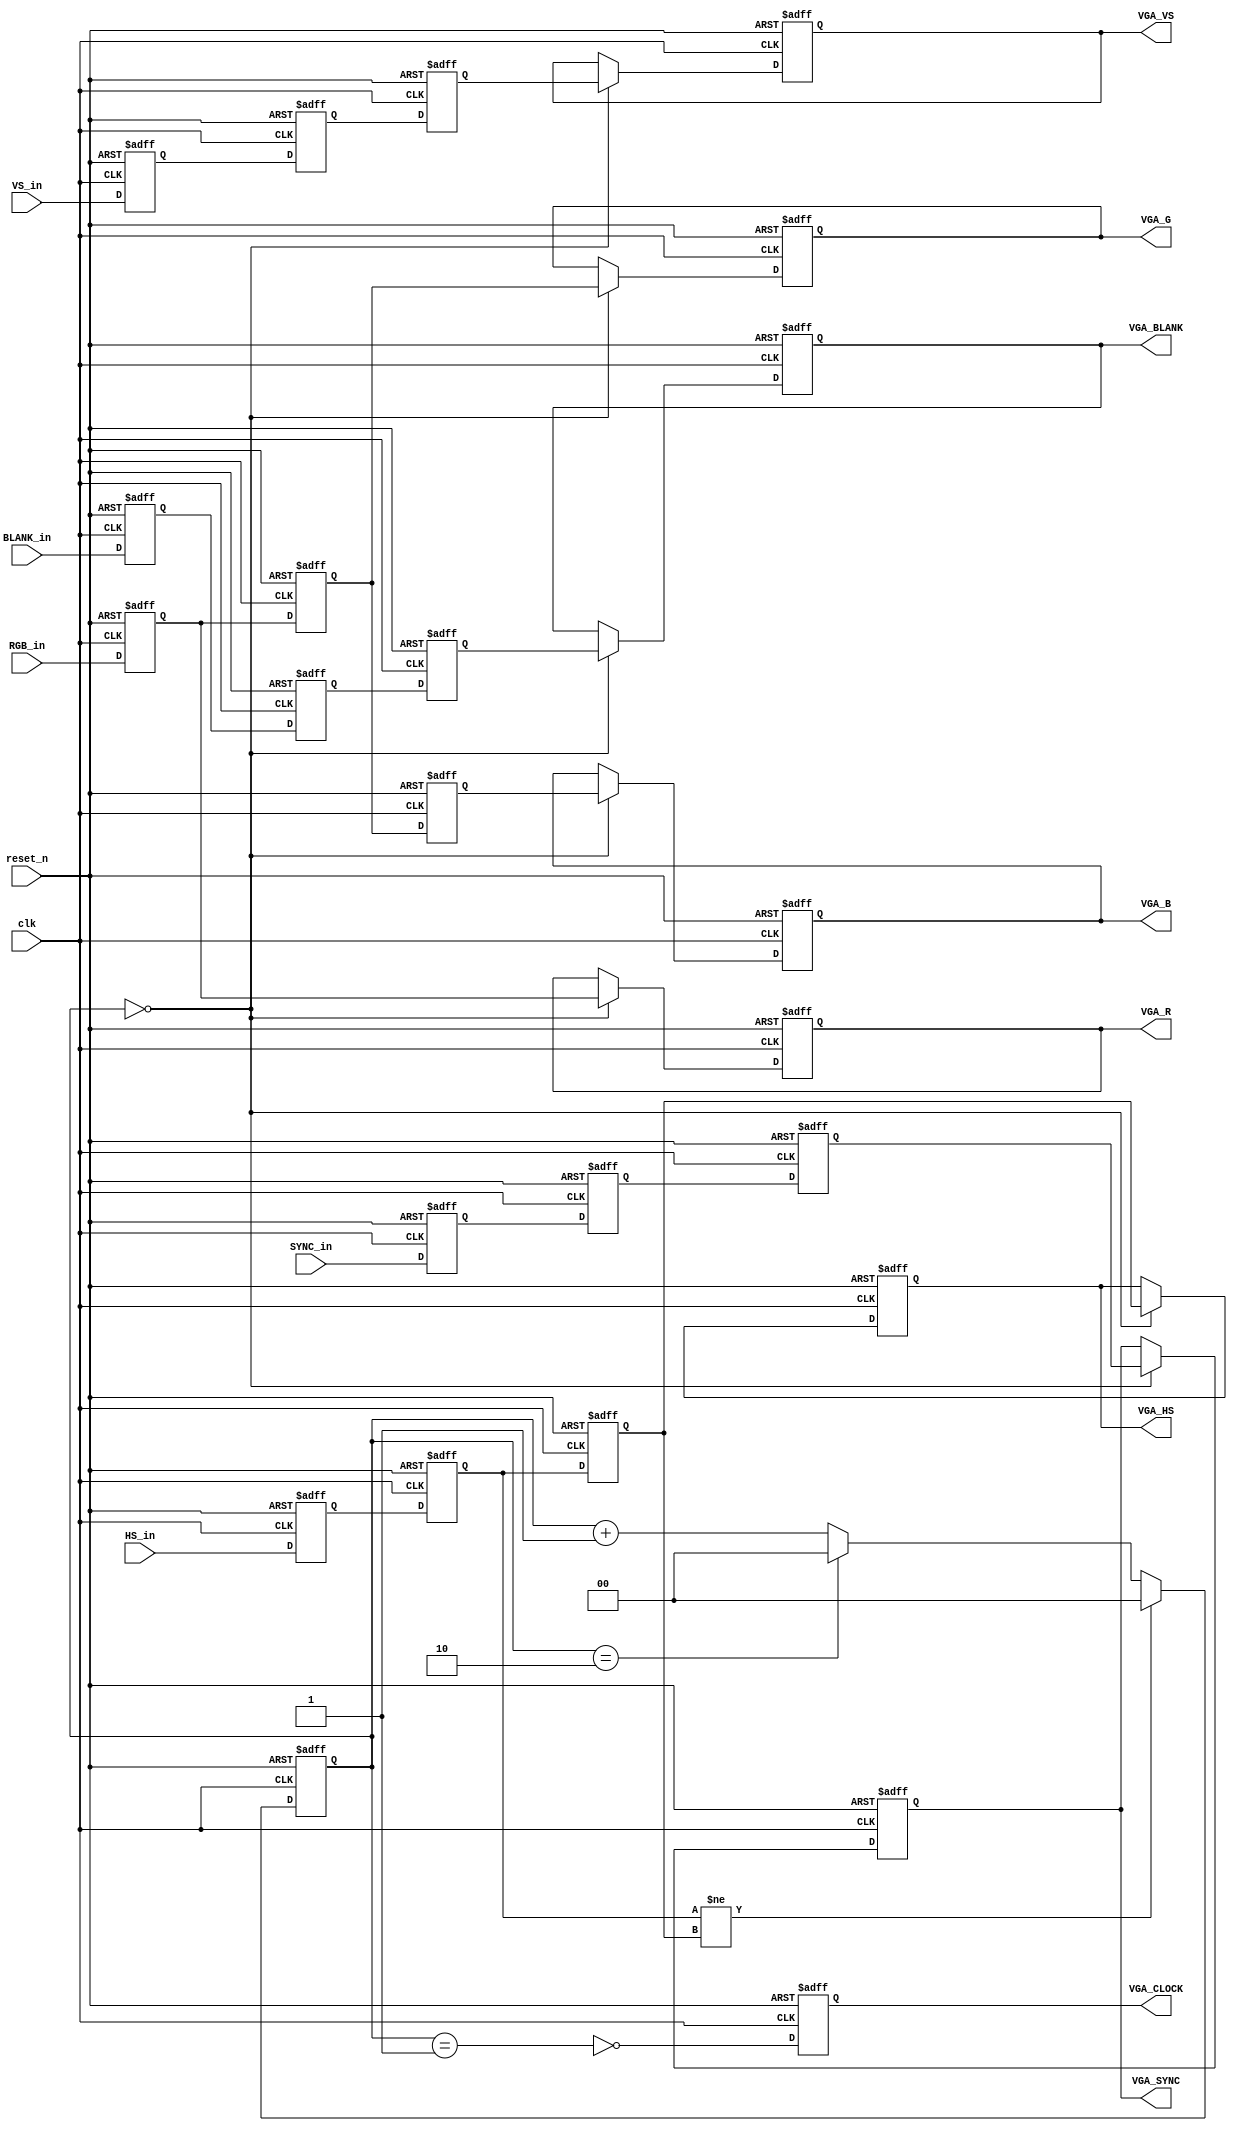
////////////////////////////////////////////////////////////////
//
// VGA_DATA_DECODE
//
//   ~~----------------------+   +-----------------------------------------+
//   ..                      |   |                                         |
//   ..    +--------+        |   |        +------+        +--------------+ |
//   ..    |        |        [[H]]        |      |---/--->| R            | |
//   ..    |  FPGA  | B,G,R  [[S]] B,G,R  | MAX  |   10   |              | |
//   ..    |        |----/-->[[M]]---/--->|(incl |---/--->| G   VGA      | |
//   ..    |        |    10  [[C]]   10   | This |   10   |    decoder   | |
//   ..    +--------+        |   |        | Core)|---/--->| B            | |
//   ..                      |   |        +------+   10    +--------------+ |
//   ..                      |   |                                         |
//   ..    Host Board        |   |     Daughtercard                        |
//   ~~----------------------+   +-----------------------------------------+
//

//
//                         INPUT-DATA TIMING
//               Color-phase referened to HS-transitions.
//       
//          
//            ___       ___       ___       ___       ___       __ 
//  clk      /   \     /   \     /   \     /   \     /   \     /       
//         _/     \___/     \___/     \___/     \___/     \___/
//         
//               _______   _______   _______   _______   _______         
//            \ /       \ /       \ /       \ /       \ /       \ /
//  RGB-in     x    B    x    G    x    R    x    B    x    G    x 
//            / \_______/ \_______/ \_______/ \_______/ \_______/ \
//               
//               
//       _____                                _____________________ 
//            \                              /     
//  HS  	   \                            /     
//              \__________________________/     
//
//
//
//
// OUTPUT TIMING
//
//   This circuit generates an outgoing clock (VGA_CLOCK) to the VGA 
//   decoder. This clock runs at 1/3 the frequency of the incoming clk.
//
//  
//            ___       ___       ___       ___       ___       __ 
//  clk      /   \     /   \     /   \     /   \     /   \     /       
//         _/     \___/     \___/     \___/     \___/     \___/  
//                                     
//               ___________________________   ____________________         
//            \ /                           \ /                  
//  VGA data   x           {R:G:B}           x           {R:G:B}  
//            / \___________________________/ \____________________
//
//                                          
//               ___________________________   ____________________         
// VGA_...    \ /                           \ /  
// Sync        x          HS,VS,BLANK        x          HS,VS,BLANK
// Signals    / \___________________________/ \____________________
//
//
//         _____________             _________________             __    
//                      \           /                 \           /  
//    VGA_CLOCK          \         /                   \         /   
//                        \_______/                     \_______/    
//                      
//           


module VGA_DATA_DECODE
  (
   clk,
   reset_n,
   
   RGB_in,
   HS_in,
   VS_in,
   BLANK_in,

   SYNC_in,	
   
   VGA_R,
   VGA_G,
   VGA_B,
   VGA_HS,
   VGA_VS,
   VGA_BLANK,

   VGA_SYNC,
   VGA_CLOCK
   );
   

   input        clk;
   input        reset_n;
   
   input [9:0]  RGB_in;
   input        HS_in;
   input        VS_in;
   input        BLANK_in;
   input		SYNC_in;		


   output [9:0] VGA_R;
   output [9:0] VGA_G;
   output [9:0] VGA_B;
   output 	VGA_HS;
   output 	VGA_VS;
   output 	VGA_BLANK;

   output   VGA_SYNC;
   output 	VGA_CLOCK;

   ////////////////
   // Input-capture & delay.
   //
   //   First: Capture all the inputs into registers.  Doing anything
   //   else would be nuts!  We *swear* to never use the raw versions
   //   of these signals right from the input-pins.  Using those
   //   signals would be nuts!
   //
   //   Also, while we're here clocking input-data values into
   //   registers, it's easy to build a delay-line.  We (obviously)
   //   need to do this for the data, because we need three past
   //   values in our hands to compose the 24-bit output.  And:
   //   Because the sync-signals have to be, um, SYNCHRONIZED with the
   //   data, we have to delay them exactly as many times as we delay
   //   the data.  So the incoming signals are not only captured,
   //   they're also delayed two additional clock-cycles for
   //   coherent presentation on the ouptut.
   //
   //   Note: I could implement the sync-signal delay-chains
   //   multi-bit-wide registers and the Verilog shift-operator.  But
   //   there's nothing like three explicitly-named signals for
   //   explicitness.
   //
   reg [9:0] d1_RGB;
   reg [9:0] d2_RGB;
   reg [9:0] d3_RGB;

   reg 	     d1_HS;
   reg 	     d2_HS;
   reg 	     d3_HS;

   reg 	     d1_VS;
   reg 	     d2_VS;
   reg 	     d3_VS;
   
   reg 	     d1_BLANK;
   reg 	     d2_BLANK;
   reg 	     d3_BLANK;



   reg 	     d1_SYNC;  

   reg 	     d2_SYNC;
   reg 	     d3_SYNC;


   always @(posedge clk or negedge reset_n) begin
      if (reset_n == 0) begin
	 // Async reset.  In this case, it may seem silly. But trust
	 // me.  It's not.
	 //
	 //   This is one of those rare, rare cases where your
	 //   design-intent is actually made clearer by putting more
	 //   than one statement on a line.
	 //
	 d3_HS  <= 0; d2_HS  <= 0; d1_HS  <= 0;
	 d3_VS  <= 0; d2_VS  <= 0; d1_VS  <= 0;
	 d3_BLANK <= 0; d2_BLANK <= 0; d1_BLANK <= 0;
	 d3_RGB <= 0; d2_RGB <= 0; d1_RGB <= 0; 

	 d3_SYNC <= 0; d2_SYNC <= 0; d1_SYNC <= 0; 
      end
      else begin
	 d3_HS  <= d2_HS;  d2_HS  <= d1_HS;  d1_HS  <=  HS_in;
	 d3_VS  <= d2_VS;  d2_VS  <= d1_VS;  d1_VS  <=  VS_in;
	 d3_BLANK <= d2_BLANK; d2_BLANK <= d1_BLANK; d1_BLANK <= BLANK_in;

	 d3_SYNC <= d2_SYNC; d2_SYNC <= d1_SYNC; d1_SYNC <= SYNC_in;	
	 d3_RGB <= d2_RGB; d2_RGB <= d1_RGB; d1_RGB <= RGB_in;


      end
   end // always @ (posedge clk or negedge reset_n)


   reg [9:0] VGA_R;
   reg [9:0] VGA_G;
   reg [9:0] VGA_B;
   reg       VGA_HS;
   reg       VGA_VS;
   reg       VGA_BLANK;
   reg       VGA_SYNC;
   wire      output_clk_enable;    // Computed later from phase-counter
   
   always @(posedge clk or negedge reset_n) begin
      if (reset_n == 0) begin
	 VGA_R    <= 0;
	 VGA_G    <= 0;
	 VGA_B    <= 0;
	 VGA_HS   <= 0;
	 VGA_VS   <= 0;

	 VGA_SYNC   <= 0;
	 VGA_BLANK  <= 0;
      end
      else begin
	 if (output_clk_enable) begin
	    VGA_R    <= d1_RGB;
	    VGA_G    <= d2_RGB;
	    VGA_B    <= d3_RGB;
	    VGA_HS   <= d3_HS;
	    VGA_VS   <= d3_VS;

	    VGA_SYNC <= d3_SYNC;
	    VGA_BLANK  <= d3_BLANK;
	 end
      end // else: !if(reset_n == 0)
   end // always @ (posedge clk or negedge reset_n)


   ////////////////
   // Phase-counter.
   //
   // There are only three phases.  And the phase-synchronization
   // event is well-defined.  So.  Here are the easy parts:
   //
   //     * Building a counter that goes: "zero,one,two,zero,one,two..."
   //     * Synchronizing it every time HS changes state.
   //
   // Here are the hard parts:
   //
   //     1) Deciding which of our delayed versions of HS to look at
   //     2) Which counter-value we use to determine CLOCK: 0, 1, or 2.
   //     3) Which counter-value we use to determine out_clk_enable:
   //
   // Fine. So let's start with something easy: Building a little
   // counter.  How perfectly conventional.
   //
   reg [1:0] color_phase_counter;
   wire      color_phase_counter_sync_clear;
   
   always @ (posedge clk or negedge reset_n) begin
      if (reset_n == 0) begin
	 color_phase_counter  <= 0;
      end
      else begin
	 if (color_phase_counter_sync_clear) begin
	    color_phase_counter <= 0;
	 end
	 else begin
	    color_phase_counter = (color_phase_counter == 2) ? 
                                   (0                      ) : 
                                   (color_phase_counter + 1) ;
	 end
      end // else: !if(reset_n == 0)
   end // always @ (posedge clk or negedge reset_n)

   ////////////////
   // Defining the counter-phases.
   //
   //  The phase-counter only drives two things:   It tells us when to
   //  enable the output registers, and it tells us when to drive a
   //  zero onto the CLOCK output.
   //
   //  From looking at the timing diagrams (above), it's pretty clear
   //  that you enable the output-registers *first,* and then drive
   //  CLOCK low on the subsequent clock-cycle.   OK.  That's easy to
   //  do:
   //
   //      Style note:  I generally do not use `define.  I usually
   //      prefer parameters.  But this circuit really is performing a
   //      fixed-function.  In this specific case: I don't think they
   //      will ever invent a fourth primary color, so it's safe to
   //      hard-code-in a bunch of assumptions that this thing will
   //      only ever count to three.
   //
   // Let's just say that the numbering-and-naming of the phases is
   // arbitrary, and that the real relationship between the
   // phase-counter and the Sync+B+G+R data is determined by the
   // timing of the phase-counter synchronization-event, which we
   // compute below.
   //
   // Now that we've said "the phase-numbering is arbitrary," I can
   // defie it arbitrarily, like this:
   //
`define PHASE_OUTPUT_CLK_ENABLE 0
`define PHASE_CLOCK_LOW 1

   assign output_clk_enable =  (color_phase_counter == `PHASE_OUTPUT_CLK_ENABLE);
   wire   pCLOCK             = ~(color_phase_counter == `PHASE_CLOCK_LOW         );
   
   ////////////////
   // CLOCK output-register.
   //     Totally vanilla.
   //
   reg 	  VGA_CLOCK;
   
   always @(posedge clk or negedge reset_n) begin
      if (reset_n == 0) 
	VGA_CLOCK <= 0;
      else
	VGA_CLOCK <= pCLOCK;
   end
   
   ////////////////
   // Phase-counter synchronization event.
   //
   //   We look for a transition (either 1->0 or 0->1) on HS, and use
   //   that to drive the synchronous-clear on the phase counter.
   //
   //   But we have three versions of HS available to us:  HS with
   //   three, two, and one clock of delay (remember: we promised not
   //   to use the RAW input HS for anything in our circuit...that
   //   would be nuts!).
   //
   //   We can think of our circuit as a four-stage pipeline, with the data &
   //   sync signals flowing-through.  The phase-counter determines
   //   what inputs & enables to drive into the output-registers, so
   //   we can think of the phase-counter as sitting in "Stage 3" of
   //   the pipeline, right before the output.
   //
   //   The synchronous-clear is an input to the phase-counter, whose
   //   result won't be seen in the phase-counter output until the
   //   subsequent clock-cycle.  So you can think of the
   //   syncronous-clear being computed in "Stage 2" of the pipeline.
   //
   //   So if the "d2" version of HS has suddenly transitioned "low,"
   //   then you know that the "B" pixel is in the d2-stage as well.
   //   If we assert sync-clear, then (on the next clock-cycle) B will
   //   move into the d3 stage and the color-phase counter will be
   //   zero.  That's happy, because the zero phase-count value will
   //   enable d3-B into the output-registers at the right time.
   //
   //   So: By that English-verbal argument: We're looking for d2_HS
   //   being a different state from what it was on the previous
   //   clock-cycle, like this:
   //
   assign color_phase_counter_sync_clear = (d2_HS != d3_HS);

endmodule // VGA_DATA_DECODE